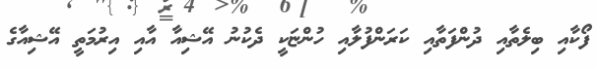
ފޯކާއި ބިލެތާއި ދުންފަތާއި ކަރަންފުލާއި ހުންޏަކީ ދެކުނު އޭޝިއާ އާއި އިރުމަތީ އޭޝިއާގެ